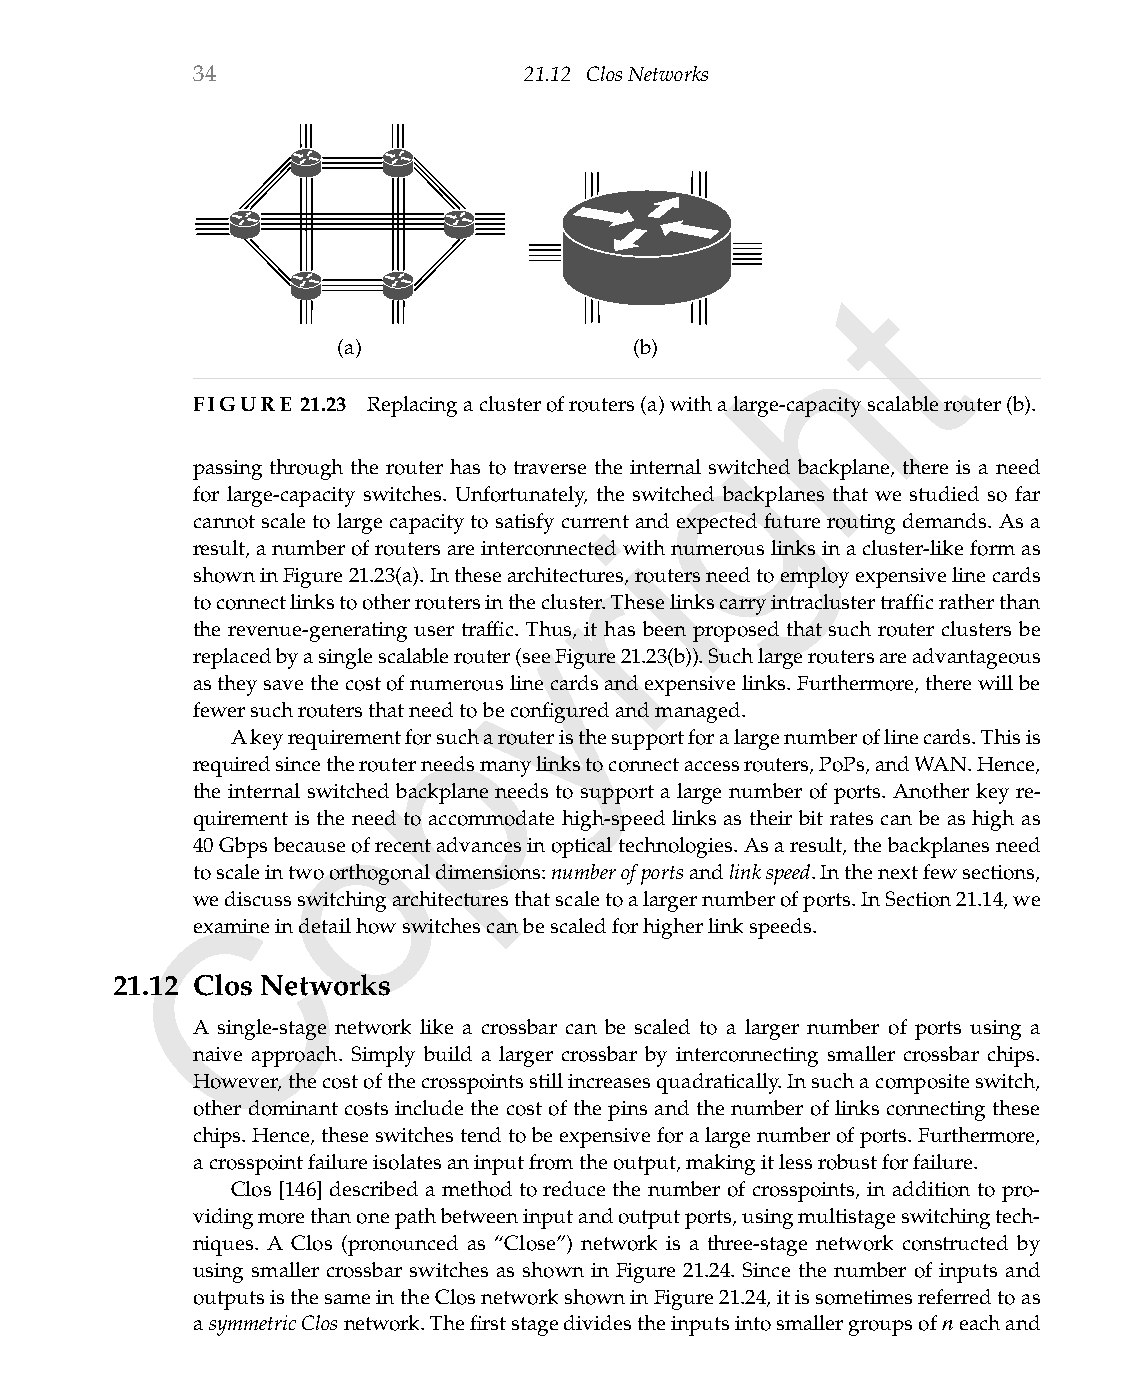
34                    21.12 ClosNetworks
 t
 h
 (a)                 (b)
 FIGURE 21.23 Replacingaclusterofrouters(a)withalarge-capacityscalablerouter(b).
 g
 passing through the router has to traverse the internal switched backplane, there is a need
 for large-capacity switches. Unfortunately, the switched backplanes that we studied so far
 cannot scale to large capacity to satisfy curreint and expected future routing demands. As a
 result,anumberofroutersareinterconnectedwithnumerouslinksinacluster-likeformas
 r
 showninFigure21.23(a).Inthesearchitectures,routersneedtoemployexpensivelinecards
 toconnectlinkstootherroutersinthecluster.Theselinkscarryintraclustertrafficratherthan
 y
 the revenue-generating user traffic. Thus, it has been proposed that such router clusters be
 replacedbyasinglescalablerouter(seeFigure21.23(b)).Suchlargeroutersareadvantageous
 astheysavethecostofnumerouslinecardsandexpensivelinks.Furthermore,therewillbe
 p
 fewersuchroutersthatneedtobeconfiguredandmanaged.
 Akeyrequirementforsucharouteristhesupportforalargenumberoflinecards.Thisis
 requiredsincetherouterneedsmanylinkstoconnectaccessrouters,PoPs,andWAN.Hence,
 the internal swoitched backplane needs to support a large number of ports. Another key re-
 quirement is the need to accommodate high-speed links as their bit rates can be as high as
 40Gbpsbecauseofrecentadvancesinopticaltechnologies.Asaresult,thebackplanesneed
 toscaleintwoorthogonaldimensions:numberofportsandlinkspeed.Inthenextfewsections,
 wedCiscussswitchingarchitecturesthatscaletoalargernumberofports.InSection21.14,we
 examineindetailhowswitchescanbescaledforhigherlinkspeeds.
 21.12 Clos Networks
 A single-stage network like a crossbar can be scaled to a larger number of ports using a
 naive approach. Simply build a larger crossbar by interconnecting smaller crossbar chips.
 However,thecostofthecrosspointsstillincreasesquadratically.Insuchacompositeswitch,
 other dominant costs include the cost of the pins and the number of links connecting these
 chips.Hence,theseswitchestendtobeexpensiveforalargenumberofports.Furthermore,
 acrosspointfailureisolatesaninputfromtheoutput,makingitlessrobustforfailure.
 Clos [146] described a method to reduce the number of crosspoints, in addition to pro-
 vidingmorethanonepathbetweeninputandoutputports,usingmultistageswitchingtech-
 niques. A Clos (pronounced as “Close”) network is a three-stage network constructed by
 using smaller crossbar switches as shown in Figure 21.24. Since the number of inputs and
 outputsisthesameintheClosnetworkshowninFigure21.24,itissometimesreferredtoas
 asymmetricClosnetwork.Thefirststagedividestheinputsintosmallergroupsofneachand